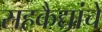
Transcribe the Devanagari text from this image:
सहकैद्यांचे